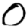
Digit: 0